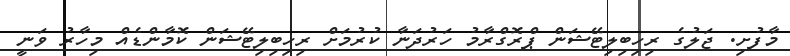
މާފުށި. ޖަލުގެ ރިހިބިލިޓޭޝަން ޕްރޮގްރާމު ހަރުދަނާ ކުރުމަށް ރިހިބިލިޓޭޝަން ކޮމާންޑެއް މިހާރު ވަނީ